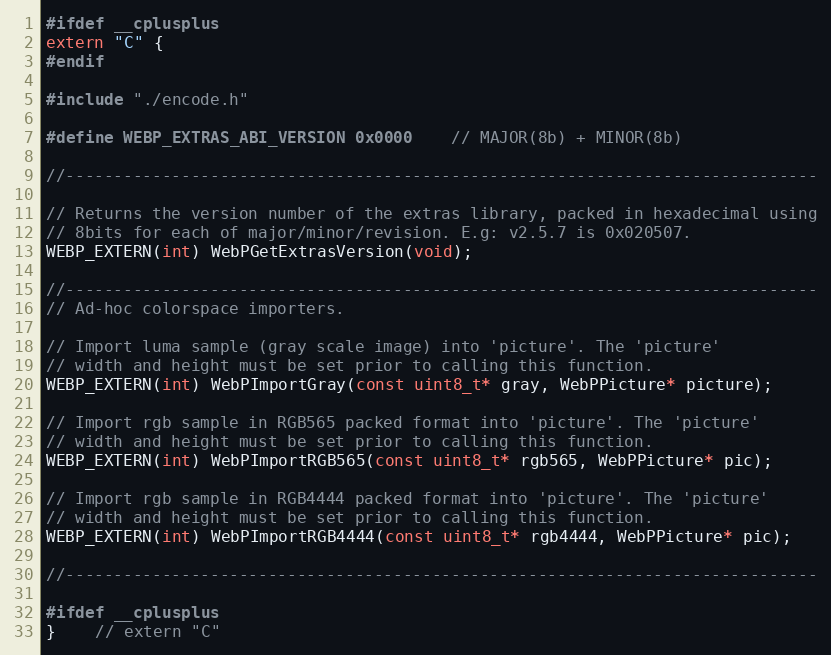
Language: C
#ifdef __cplusplus
extern "C" {
#endif

#include "./encode.h"

#define WEBP_EXTRAS_ABI_VERSION 0x0000    // MAJOR(8b) + MINOR(8b)

//------------------------------------------------------------------------------

// Returns the version number of the extras library, packed in hexadecimal using
// 8bits for each of major/minor/revision. E.g: v2.5.7 is 0x020507.
WEBP_EXTERN(int) WebPGetExtrasVersion(void);

//------------------------------------------------------------------------------
// Ad-hoc colorspace importers.

// Import luma sample (gray scale image) into 'picture'. The 'picture'
// width and height must be set prior to calling this function.
WEBP_EXTERN(int) WebPImportGray(const uint8_t* gray, WebPPicture* picture);

// Import rgb sample in RGB565 packed format into 'picture'. The 'picture'
// width and height must be set prior to calling this function.
WEBP_EXTERN(int) WebPImportRGB565(const uint8_t* rgb565, WebPPicture* pic);

// Import rgb sample in RGB4444 packed format into 'picture'. The 'picture'
// width and height must be set prior to calling this function.
WEBP_EXTERN(int) WebPImportRGB4444(const uint8_t* rgb4444, WebPPicture* pic);

//------------------------------------------------------------------------------

#ifdef __cplusplus
}    // extern "C"